Jaan_Tonisson_(Lasteleht), lk 444
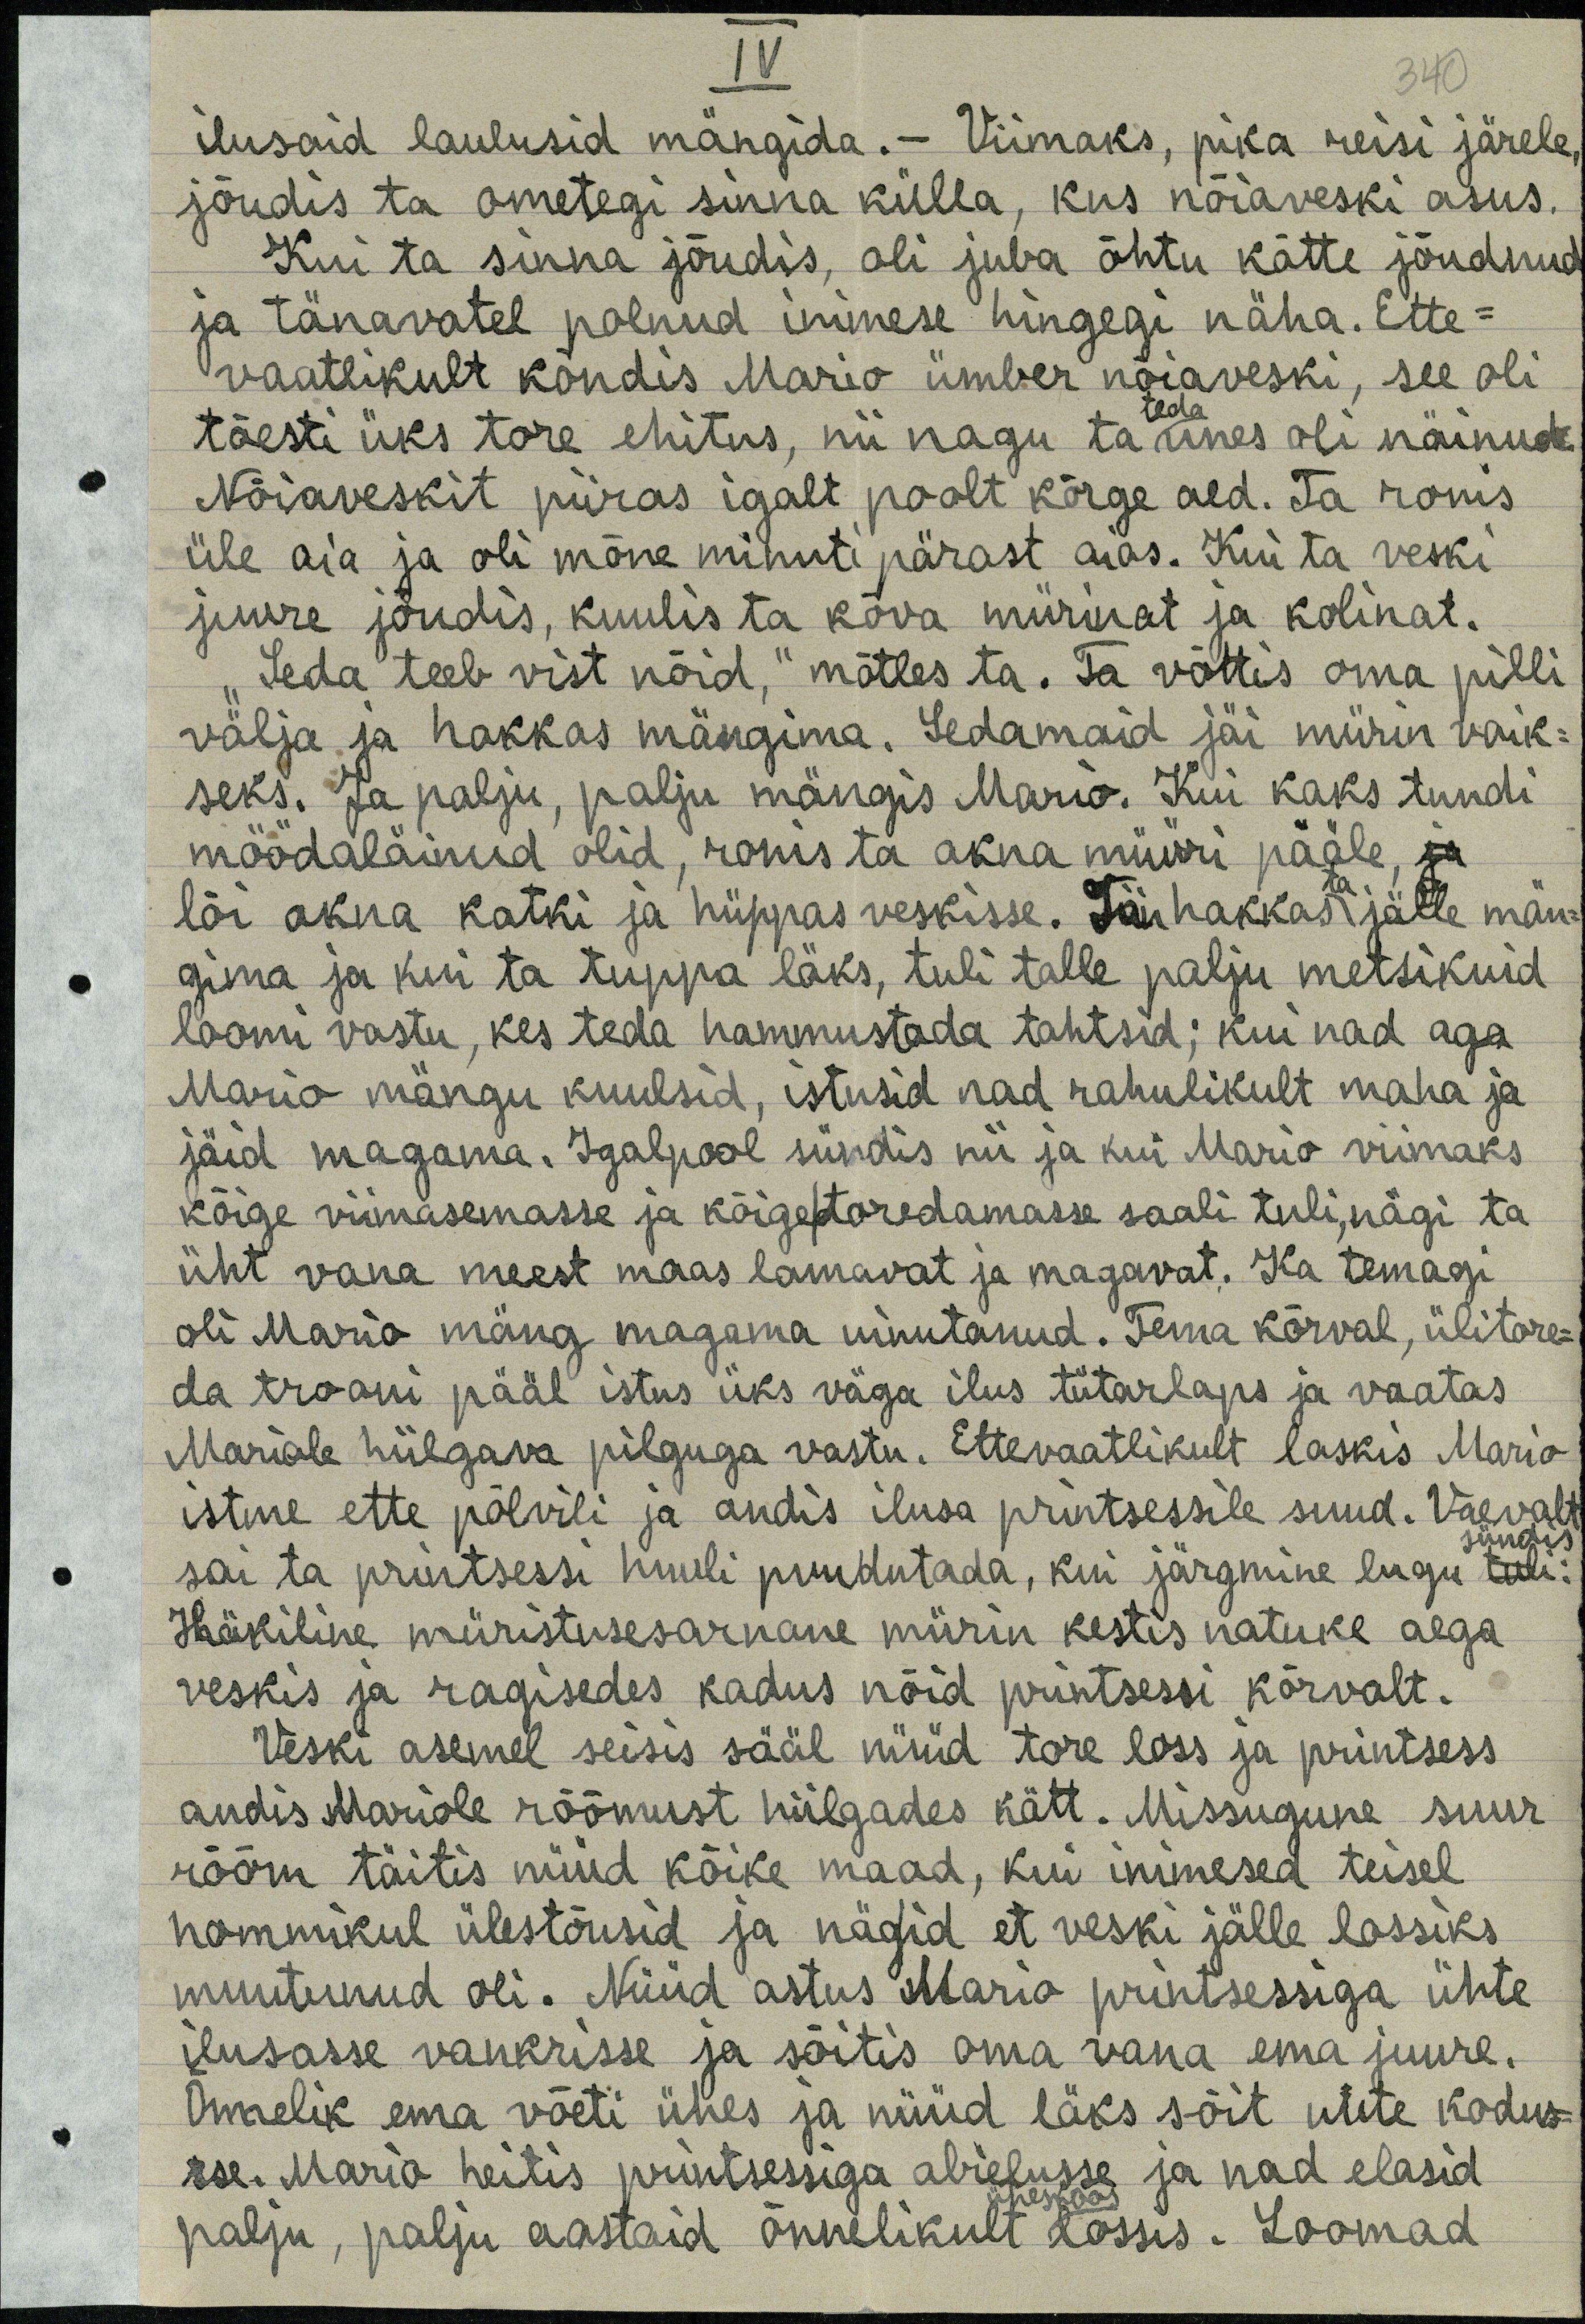
IV
340
ilusaid laulusid mängida. - Viimaks, pika reisi järele,
jõudis ta ometegi sinna külla, kus nõiaveski asus.
Kui ta sinna jõudis, oli juba õhtu kätte jõudnud.
ja tänavatel polnud inimese hingegi näha. Ette-
vaatlikult kõndis Mario ümber nõiaveski, see oli
teda
tõesti üks tore ehitus, nii nagu ta unes oli näinud.
Nõiaveskit piiras igalt poolt kõrge aed. Ta ronis
üle aia ja oli mõne minuti pärast aias. Kui ta veski
juure jõudis, kuulis ta kõva mürinat ja kolinat.
"Seda teeb vist nõid," mõtles ta. Ta võttis oma pilli
välja ja hakkas mängima. Sedamaid jäi mürin vaik-
seks. Ja palju, palju mängis Mario. Kui kaks tundi
möödaläinud olid, ronis ta akna müüri pääle, ja
lõi akna katki ja hüppas veskisse. Jäi hakkas jälle män-
gina ja kui ta tuppa läks, tuli talle palju metsikuid
loomi vastu, kes teda hammustada tahtsid; kui nad aga
Mario mängu kuulsid, istusid nad rahulikult maha ja
jäid magama. Igalpool sündis nii ja kui Mario viimaks
kõige viimasemasse ja kõige toredamasse saali tuli, nägi ta
üht vana meest maas lamavat ja magavat. Ka temagi
oli Mario mäng magama uinutanud. Tema kõrval, ülitore-
da trooni pääl istus üks väga ilus tütarlaps ja vaatas.
Mariole hiilgava pilguga vastu. Ettevaatlikult laskis Mario
istme ette põlvili ja andis ilusa printsessile suud. Vaeval
sündis
sai ta printsessi huuli puudutada, kui järgmine lugu tuli:
Häkiline müristusesarnane mürin kestis natuke aega
veskis ja ragisedes kadus nõid printsessi kõrvalt.
Veski asemel seisis sääl nüüd tore loss ja printsess
andis Mariole rõõmust hiilgades kätt. Missugune suur
rõõm täitis nüüd kõike maad, kui inimesed teisel
hommikul ülestõusid ja nägid et veski jälle lossiks
muutunud oli. Nüüd astus Mario printsessiga ühte
ilusasse vankrisse ja sõitis oma vana ema juure.
Õnnelik ema võeti ühes ja nüüd läks sõit uute kodus-
sse. Mario heitis printsessiga abielusse ja nad elasid
üheskoos
palju, palju aastaid õnnelikult lossis. Loomad